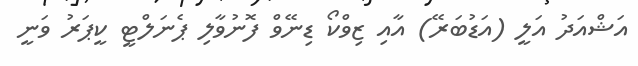
އަޝްއަދު އަލީ (އަޑުބަރޭ) އާއި ޒިވްކޯ ޑިނޭވް ފޮނުވާލި ޕެނަލްޓީ ކީޕަރު ވަނީ